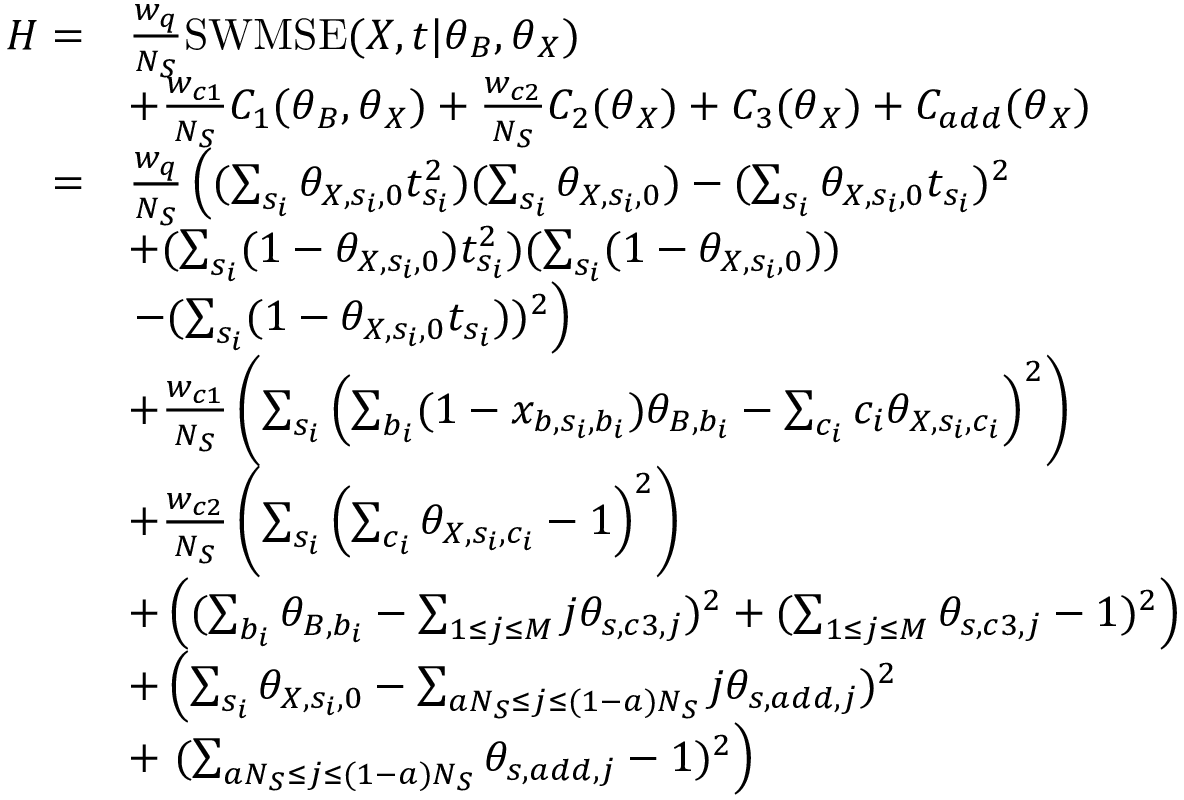
\begin{array} { r l } { H = } & { \frac { w _ { q } } { N _ { S } } \mathrm { S W M S E } ( \boldsymbol { X } , \boldsymbol { t } | \boldsymbol { \theta } _ { B } , \boldsymbol { \theta } _ { X } ) } \\ & { + \frac { w _ { c 1 } } { N _ { S } } C _ { 1 } ( \boldsymbol { \theta } _ { B } , \boldsymbol { \theta } _ { X } ) + \frac { w _ { c 2 } } { N _ { S } } C _ { 2 } ( \boldsymbol { \theta } _ { X } ) + C _ { 3 } ( \boldsymbol { \theta } _ { X } ) + C _ { a d d } ( \boldsymbol { \theta } _ { X } ) } \\ { = } & { \frac { w _ { q } } { N _ { S } } \left( ( \sum _ { s _ { i } } \theta _ { X , s _ { i } , 0 } t _ { s _ { i } } ^ { 2 } ) ( \sum _ { s _ { i } } \theta _ { X , s _ { i } , 0 } ) - ( \sum _ { s _ { i } } \theta _ { X , s _ { i } , 0 } t _ { s _ { i } } ) ^ { 2 } \right. } \\ & { + ( \sum _ { s _ { i } } ( 1 - \theta _ { X , s _ { i } , 0 } ) t _ { s _ { i } } ^ { 2 } ) ( \sum _ { s _ { i } } ( 1 - \theta _ { X , s _ { i } , 0 } ) ) } \\ & { \left. - ( \sum _ { s _ { i } } ( 1 - \theta _ { X , s _ { i } , 0 } t _ { s _ { i } } ) ) ^ { 2 } \right) } \\ & { + \frac { w _ { c 1 } } { N _ { S } } \left( \sum _ { s _ { i } } \left( \sum _ { b _ { i } } ( 1 - x _ { b , s _ { i } , b _ { i } } ) \theta _ { B , b _ { i } } - \sum _ { c _ { i } } c _ { i } \theta _ { X , s _ { i } , c _ { i } } \right) ^ { 2 } \right) } \\ & { + \frac { w _ { c 2 } } { N _ { S } } \left( \sum _ { s _ { i } } \left( \sum _ { c _ { i } } \theta _ { X , s _ { i } , c _ { i } } - 1 \right) ^ { 2 } \right) } \\ & { + \left( ( \sum _ { b _ { i } } \theta _ { B , b _ { i } } - \sum _ { 1 \le j \le M } j \theta _ { s , c 3 , j } ) ^ { 2 } + ( \sum _ { 1 \le j \le M } \theta _ { s , c 3 , j } - 1 ) ^ { 2 } \right) } \\ & { + \left( \sum _ { s _ { i } } \theta _ { X , s _ { i } , 0 } - \sum _ { a N _ { S } \le j \le ( 1 - a ) N _ { S } } j \theta _ { s , a d d , j } ) ^ { 2 } \right. } \\ & { + \left. ( \sum _ { a N _ { S } \le j \le ( 1 - a ) N _ { S } } \theta _ { s , a d d , j } - 1 ) ^ { 2 } \right) } \end{array}